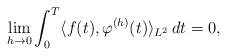
\begin{align*}\lim_{h \to 0} \int_0^T \langle f(t), \varphi^{(h)}(t) \rangle_{L^2}\,dt = 0,\end{align*}